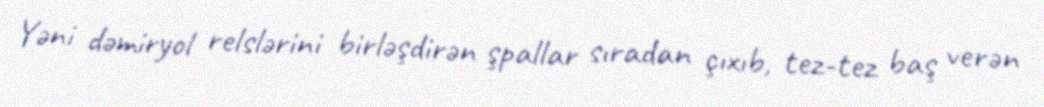
Yəni dəmiryol relslərini birləşdirən şpallar sıradan çıxıb, tez-tez baş verən